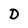
Character: D